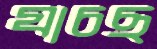
যাচছ